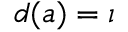
d ( a ) = \iota